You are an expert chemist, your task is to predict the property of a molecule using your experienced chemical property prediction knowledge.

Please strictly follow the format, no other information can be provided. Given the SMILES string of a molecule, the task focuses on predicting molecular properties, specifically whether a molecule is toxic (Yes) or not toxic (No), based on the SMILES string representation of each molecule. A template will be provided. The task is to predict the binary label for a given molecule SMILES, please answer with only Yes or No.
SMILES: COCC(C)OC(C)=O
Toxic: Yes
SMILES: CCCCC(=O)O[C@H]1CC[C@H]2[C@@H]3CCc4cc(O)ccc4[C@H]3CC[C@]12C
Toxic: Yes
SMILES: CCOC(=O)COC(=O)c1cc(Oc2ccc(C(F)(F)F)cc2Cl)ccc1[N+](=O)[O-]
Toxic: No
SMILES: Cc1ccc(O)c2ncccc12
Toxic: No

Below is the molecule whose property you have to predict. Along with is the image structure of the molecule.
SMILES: CCCCCCCCCCCCCCCCCC(=O)OCCO
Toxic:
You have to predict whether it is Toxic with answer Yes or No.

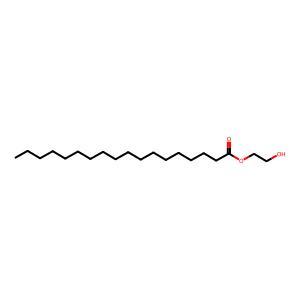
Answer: No